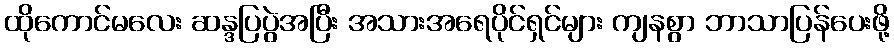
ထိုကောင်မလေး ဆန္ဒပြပွဲအပြီး အသားအရေပိုင်ရှင်များ ကျနစွာ ဘာသာပြန်ပေးဖို့